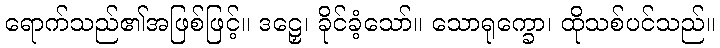
ရောက်သည်၏အဖြစ်ဖြင့်။ ဒဠှေ၊ ခိုင်ခံ့သော်။ သောရုက္ခော၊ ထိုသစ်ပင်သည်။